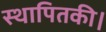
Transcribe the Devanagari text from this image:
स्थापितकी।